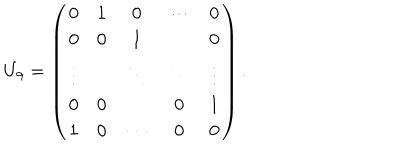
LaTeX: U _ { 9 } = \left( \begin{matrix} { { 0 } } & { { 1 } } & { { 0 } } & { { \cdots } } & { { 0 } } \\ { { 0 } } & { { 0 } } & { { 1 } } & { { } } & { { 0 } } \\ { { \vdots } } & { { } } & { { \ddots } } & { { \ddots } } & { { \vdots } } \\ { { 0 } } & { { 0 } } & { { } } & { { 0 } } & { { 1 } } \\ { { 1 } } & { { 0 } } & { { \cdots } } & { { 0 } } & { { 0 } } \\ \end{matrix} \right) .